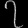
Digit: ၇